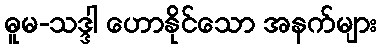
ဓူမ-သဒ္ဒါ ဟောနိုင်သော အနက်များ